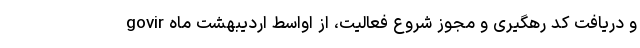
govir و دریافت کد رهگیری و مجوز شروع فعالیت، از اواسط اردیبهشت ماه